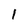
Character: l